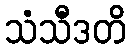
သံသီဒတိ